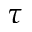
\tau